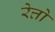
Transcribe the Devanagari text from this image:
रेत्तो